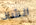
الشاذ